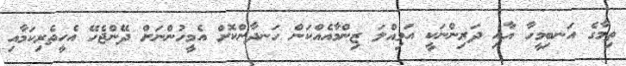
ތިމާގެ އަނބިމީހާ އާއި ދަރިންނަކީ އަމިއްލަ ޒިންމާއެއްކަން ހަނދާންކޮށް އެމީހުންނަށް ދޭންޖެހޭ އެހީތެރިކަމާއި